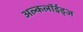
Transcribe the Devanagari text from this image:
अल्कलॉईड्‌ज